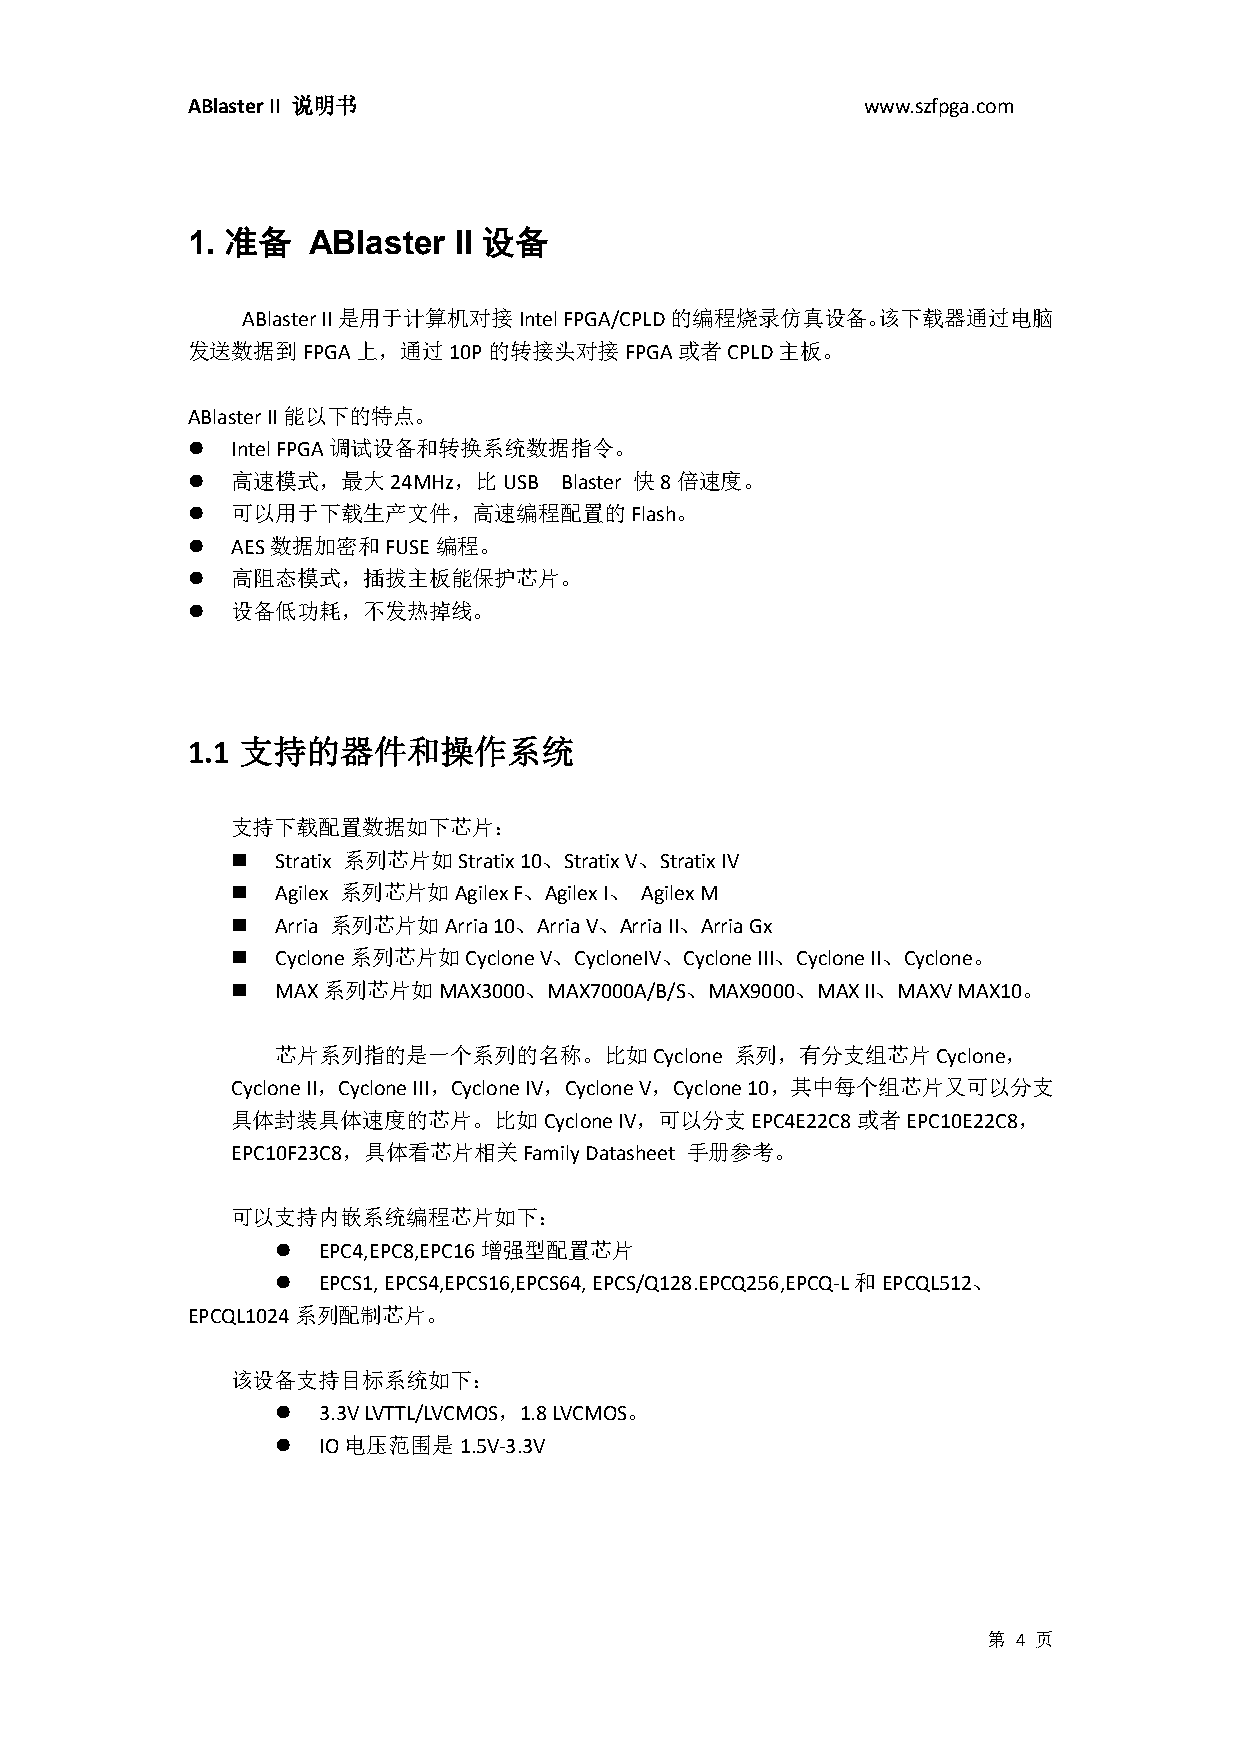
ABlaster II 说明书                              www.szfpga.com
 1. 准备   ABlaster  II 设备
 ABlaster II是用于计算机对接Intel FPGA/CPLD的编程烧录仿真设备。该下载器通过电脑
 发送数据到FPGA上，通过10P的转接头对接FPGA或者CPLD主板。
 ABlaster II能以下的特点。
   Intel FPGA调试设备和转换系统数据指令。
   高速模式，最大24MHz，比USB     Blaster 快8倍速度。
   可以用于下载生产文件，高速编程配置的Flash。
   AES数据加密和FUSE编程。
   高阻态模式，插拔主板能保护芯片。
   设备低功耗，不发热掉线。
 1.1 支持的器件和操作系统
 支持下载配置数据如下芯片：
   Stratix 系列芯片如Stratix 10、Stratix V、Stratix IV
   Agilex 系列芯片如Agilex F、Agilex I、 Agilex M
   Arria 系列芯片如Arria 10、Arria V、Arria II、Arria Gx
   Cyclone系列芯片如Cyclone V、CycloneIV、Cyclone III、Cyclone II、Cyclone。
   MAX系列芯片如MAX3000、MAX7000A/B/S、MAX9000、MAX II、MAXV MAX10。
 芯片系列指的是一个系列的名称。比如Cyclone       系列，有分支组芯片Cyclone，
 Cyclone II，Cyclone III，Cyclone IV，Cyclone V，Cyclone 10，其中每个组芯片又可以分支
 具体封装具体速度的芯片。比如Cyclone     IV，可以分支EPC4E22C8或者EPC10E22C8，
 EPC10F23C8，具体看芯片相关Family Datasheet 手册参考。
 可以支持内嵌系统编程芯片如下：
   EPC4,EPC8,EPC16增强型配置芯片
   EPCS1, EPCS4,EPCS16,EPCS64, EPCS/Q128.EPCQ256,EPCQ-L和EPCQL512、
 EPCQL1024系列配制芯片。
 该设备支持目标系统如下：
   3.3V LVTTL/LVCMOS，1.8 LVCMOS。
   IO电压范围是1.5V-3.3V
 第 4 页